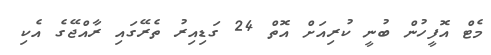
މެޓް އޮފީހުން ބުނީ ކުރިއަށް އޮތް 24 ގަޑިއިރު ތެރޭގައި ރާއްޖޭގެ އެކި